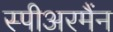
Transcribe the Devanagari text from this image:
स्पीअरमैंन